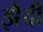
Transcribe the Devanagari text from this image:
झैदी